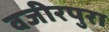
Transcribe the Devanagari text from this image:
वजीरपुरा